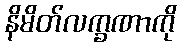
နိမိတ်လက္ခဏာကို